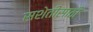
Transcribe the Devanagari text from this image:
सशेतीसाठी